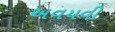
અવયવી